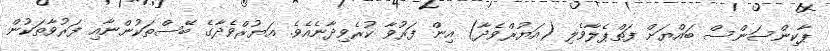
ޕާކިންސަންސް ބައްޔަށް ފަތްޕެލާވެލި (އަޔުރްވެދާ) އިން ފަރުވާ ކުރެވިދާނެއެވެ. އަޔުރްވެދާގެ ބޭސްތަކުންނާއި ފަރުވާތަކުން